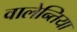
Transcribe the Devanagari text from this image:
वालेन्तिया